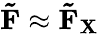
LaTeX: \mathbf{\tilde{F}}\approx\mathbf{\tilde{F}}_{\mathbf{X}}